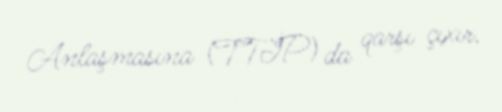
Anlaşmasına (TTİP) da qarşı çıxır.